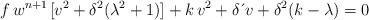
LaTeX: \begin{align*}f\,w^{n+1\,}[v^{2}+\delta^{2}(\lambda^{2}+1)]+k\,v^{2}+\delta \,\acute{}\,v+\delta^{2}(k-\lambda)=0\end{align*}